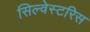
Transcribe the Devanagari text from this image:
सिल्वेस्टरिस